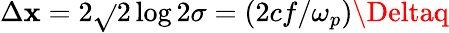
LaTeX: \Delta\mathbf{x}=2\sqrt{}{{2\log2}}\sigma=(2cf/\omega_{p})\Deltaq